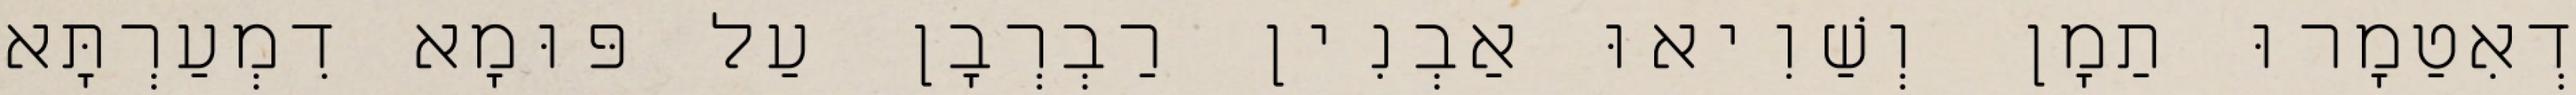
דְאִטַמָרוּ תַמָן וְשַׁוִיאוּ אַבְנִין רַבְרְבָן עַל פּוּמָא דִמְעַרְתָּא